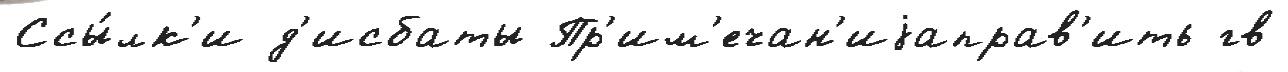
Ссы́лк'и д'исбаты Пр'им'ечан'иjаправ'ить гв